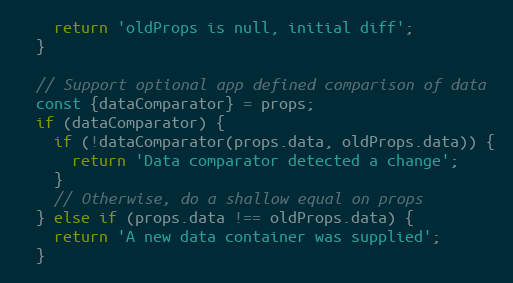
Language: JavaScript
    return 'oldProps is null, initial diff';
  }

  // Support optional app defined comparison of data
  const {dataComparator} = props;
  if (dataComparator) {
    if (!dataComparator(props.data, oldProps.data)) {
      return 'Data comparator detected a change';
    }
    // Otherwise, do a shallow equal on props
  } else if (props.data !== oldProps.data) {
    return 'A new data container was supplied';
  }